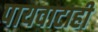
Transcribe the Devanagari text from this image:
पायवाटाही